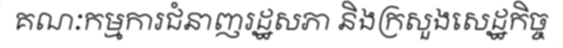
គណៈកម្មការជំនាញរដ្ឋសភា និងក្រសួងសេដ្ឋកិច្ច